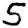
Digit: 5